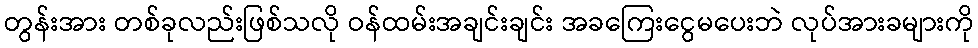
တွန်းအား တစ်ခုလည်းဖြစ်သလို ဝန်ထမ်းအချင်းချင်း အခကြေးငွေမပေးဘဲ လုပ်အားခများကို